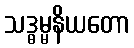
သဒ္ဓမ္မနိယတော